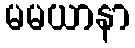
မမယာနာ